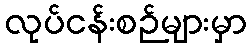
လုပ်ငန်းစဉ်များမှာ